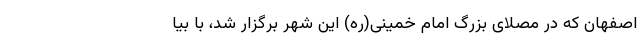
اصفهان که در مُصلای بزرگ امام خمینی(ره) این شهر برگزار شد، با بیا